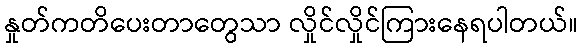
နှုတ်ကတိပေးတာတွေသာ လှိုင်လှိုင်ကြားနေရပါတယ်။